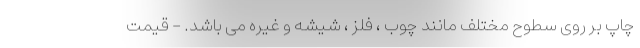
چاپ بر روی سطوح مختلف مانند چوب ، فلز ، شیشه و غیره می باشد. - قیمت